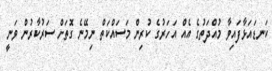
ކަނޑައަޅާފައިވާ މުއްދަތުގެ އެއް އަހަރުގެ ކުރިން މަސައްކަތް ނިމޭނެ ގޮތަށް ސަރުކާރުން ވަނީ